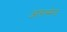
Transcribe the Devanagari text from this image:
आरास्मेन्ट